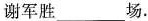
谢军胜___ 场。